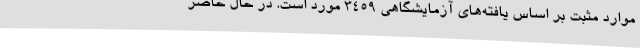
موارد مثبت بر اساس یافته‌های آزمایشگاهی 3459 مورد است. در حال حاضر